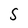
Character: S